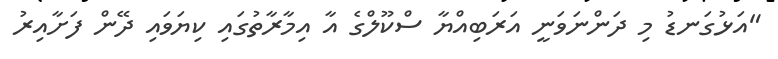
"އަޅުގަނޑު މި ދަންނަވަނީ އަރަބިއްޔާ ސްކޫލްގެ އާ އިމާރާތުގައި ކިޔަވައި ދޭން ފަށާއިރު